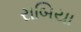
રાબિયા